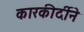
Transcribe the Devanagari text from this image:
कारकीर्दीने